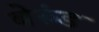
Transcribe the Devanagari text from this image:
बेरुंड